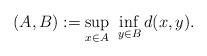
LaTeX: \begin{align*}(A,B):=\sup_{x \in A}\ \inf_{y \in B} d(x,y).\end{align*}